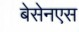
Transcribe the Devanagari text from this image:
बेसेनएस